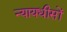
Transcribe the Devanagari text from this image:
न्यायधीसों